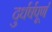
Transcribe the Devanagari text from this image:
दुर्धर्षपूर्ण